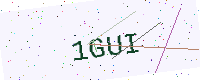
Text: 1GUI